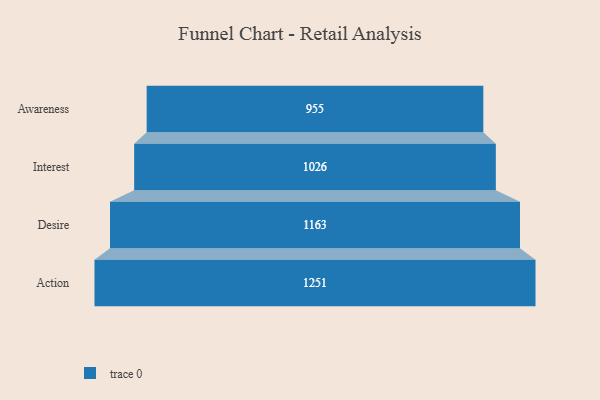
{"axis": {"x": "Stage", "y": "Value"}, "legend": [""], "data": [{"x": "Awareness", "y": 955.0, "type": ""}, {"x": "Interest", "y": 1026.0, "type": ""}, {"x": "Desire", "y": 1163.0, "type": ""}, {"x": "Action", "y": 1251.0, "type": ""}]}